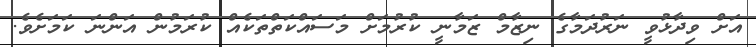
އަށް ވިދާޅުވީ ނަރުދަމާގެ ނިޒާމް ޒަމާނީ ކުރުމަށް މަސައްކަތްތަކެއް ކުރަމުން އަންނަ ކަމަށެވެ.